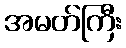
အမတ်ကြီး